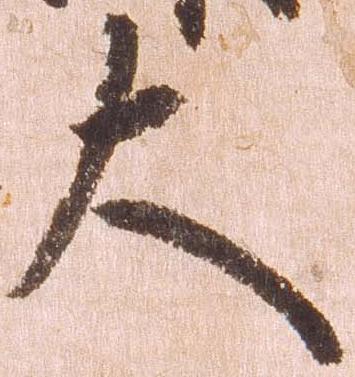
大